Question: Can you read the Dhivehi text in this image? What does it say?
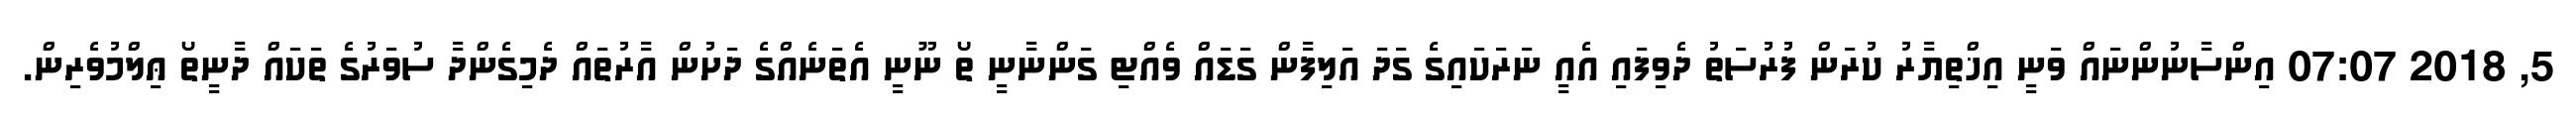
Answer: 5, 2018 07:07 އިންސާނުންނައް ވަނީ އިޚްތިޔާރު ކުރަން ފުރުސަތު ދެވިފައި އެއީ ނަރަކައިގެ ގަދަ އަލިފާން ގަޑައް ވެއްޓި ގަންނާނީ ތޯ ނޫނީ އެތަނެއްގެ ދަށުން އާރުތައް ދެމިގެންދާ ސުވަރުގެ ތަކައް ދާނީތޯ ޢިލްމުވެރިން.